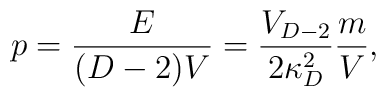
p={E\over{(D-2)V}}={V_{D-2}\over{2\kappa^2_D}}{m\over V},